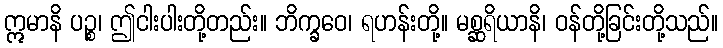
ဣမာနိ ပဉ္စ၊ ဤငါးပါးတို့တည်း။ ဘိက္ခဝေ၊ ရဟန်းတို့။ မစ္ဆရိယာနိ၊ ဝန်တို့ခြင်းတို့သည်။